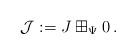
LaTeX: \begin{align*}{\mathcal J}:=J\boxplus_\Psi 0\,.\end{align*}